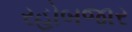
રહોબજાર